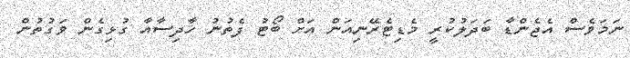
ނަމަވެސް އެޖެންޑާ ބަދަލުކުރީ މެޑިޓެރޭނިއަން އަށް ބޯޓު ފެތުނު ހާދިސާއާ ގުޅިގެން ވަގުތުން